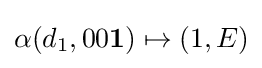
\alpha (d_{1},00\mathbf {1} )\mapsto (1,E)